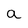
Character: a